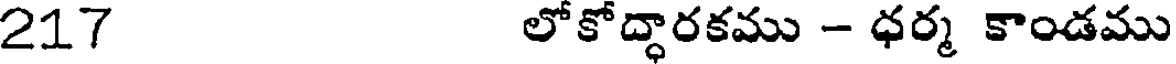
217 లోకోద్ధారకము - ధర్మ కాండము